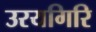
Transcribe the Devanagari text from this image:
उरयगिरि